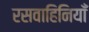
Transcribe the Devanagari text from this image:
रसवाहिनियाँ